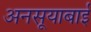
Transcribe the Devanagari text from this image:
अनसूयाबाई